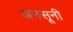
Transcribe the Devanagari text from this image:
अनसूनी